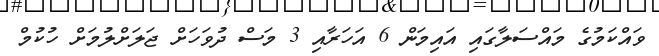
ވައްކަމުގެ މައްސަލާގައި އައިމަން 6 އަހަރާއި 3 މަސް ދުވަހަށް ޖަލަށްލުމަށް ހުކުމް